Civil Veterinary Department. Central Provinces & Berar 1932-41 - 1932-1941
Year: 1932
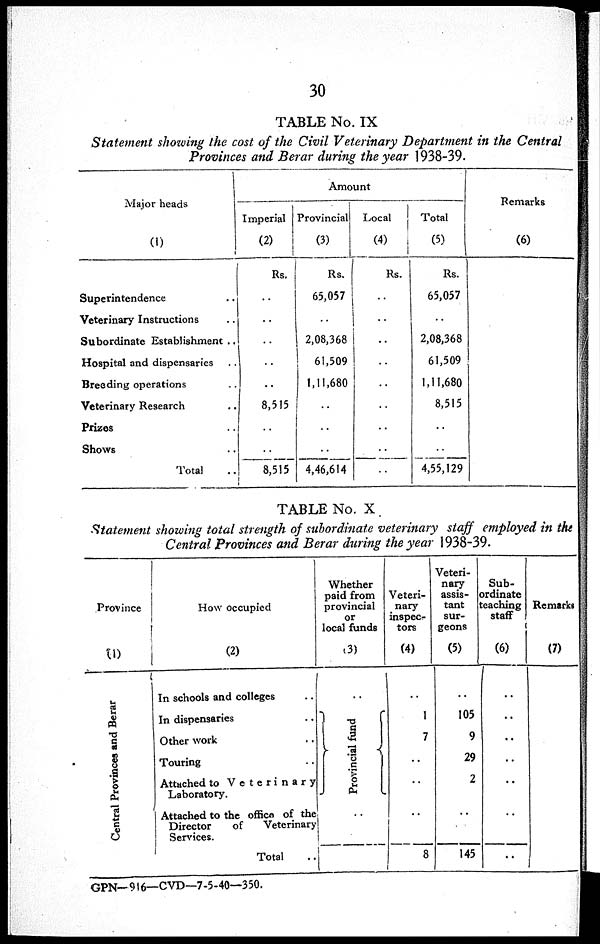
30
TABLE No. IX
Statement showing the cost of the Civil Veterinary Department in the Central
Provinces and Berar during the year 1938-39.
Major heads
(1)
Superintendence ..
Veterinary Instructions ..
Subordinate Establishment ..
Hospital and dispensaries ..
Breeding operations ..
Veterinary Research ..
Prizes ..
Shows ..
Total ..
Amount
Imperial
(2)
Rs.
..
..
..
..
..
8,515
..
..
8,515
Provincial
(3)
Rs.
65,057
..
2,08,368
61,509
1,11,680
..
..
..
4,46,614
Local
(4)
Rs.
..
..
..
..
..
..
..
..
..
Total
(5)
Rs.
65,057
..
2,08,368
61,509
1,11,680
8,515
..
..
4,55,129
Remarks
(6)
TABLE No. X
Statement showing total strength of subordinate veterinary staff employed in the
Central Provinces and Berar during the year 1938-39.
Province
(1)
Central Provinces and Berar
How occupied
(2)
In schools and colleges ..
In dispensaries ..
Other work ..
Touring ..
Attached to Veterinary
Laboratory.
Attached to the office of the
Director
of
Veterinary
Services.
Total ..
Whether
paid from
provincial
or
local funds
(3)
..
Provincial fund
..
Veteri-
nary
inspec-
tors
(4)
..
1
7
..
..
..
8
Veteri-
nary
assis-
tant
sur-
geons
(5)
..
105
9
29
2
..
145
Sub-
ordinate
teaching
staff
(6)
..
..
..
..
..
..
..
Remarks
(7)
GPN—916—CVD—7-5-40—350.